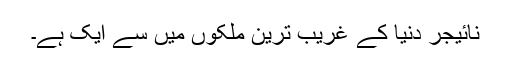
نائیجر دنیا کے غریب ترین ملکوں میں سے ایک ہے۔